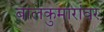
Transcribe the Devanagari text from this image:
बालकुमारांवर